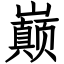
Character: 巅